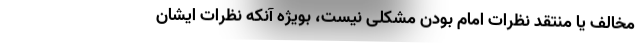
مخالف یا منتقد نظرات امام بودن مشکلی نیست، بویژه آنکه نظرات ایشان